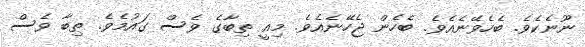
ނޫނެކެވެ. ބެހެވޭނެއެވެ. ބެހެން ޖެހޭނެއެވެ. މިއީ ތިބާގެ ވެސް ގައުމެވެ. ތިބާ ވެސް